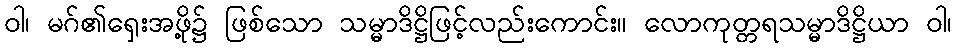
ဝါ၊ မဂ်၏ရှေးအဖို့၌ ဖြစ်သော သမ္မာဒိဋ္ဌိဖြင့်လည်းကောင်း။ လောကုတ္တရသမ္မာဒိဋ္ဌိယာ ဝါ၊